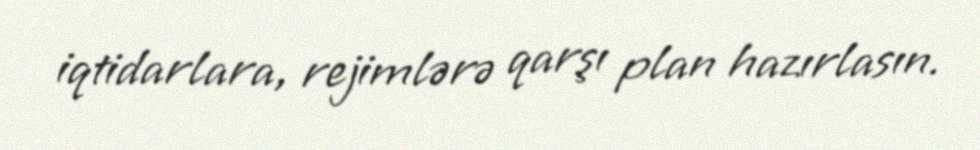
iqtidarlara, rejimlərə qarşı plan hazırlasın.